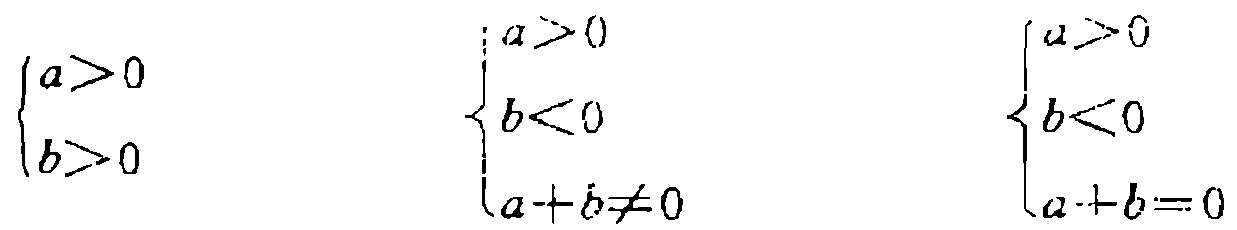
\(\begin{cases}
a>0 \\
b>0
\end{cases}\)
\(\begin{cases}
a>0 \\
b<0 \\
a + b\neq0
\end{cases}\)
\(\begin{cases}
a>0 \\
b<0 \\
a + b=0
\end{cases}\)